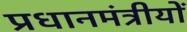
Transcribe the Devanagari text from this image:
प्रधानमंत्रीयों